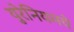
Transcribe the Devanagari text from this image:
युरेनियमचे